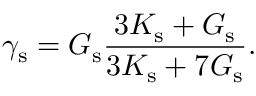
\gamma _ { \mathrm { s } } = G _ { \mathrm { s } } \frac { 3 K _ { \mathrm { s } } + G _ { \mathrm { s } } } { 3 K _ { \mathrm { s } } + 7 G _ { \mathrm { s } } } .